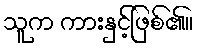
သူက ကားနှင့်ဖြစ်၏။